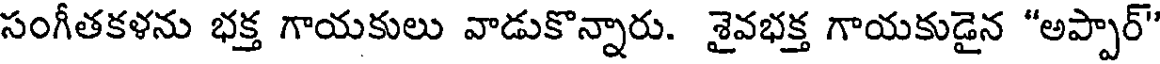
సంగీతకళను భక్త గాయకులు వాడుకొన్నారు. శైవభక్త గాయకుడైన "అప్పార్'